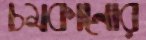
চমকানোর